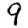
Digit: 9